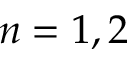
n = 1 , 2